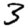
Digit: 3